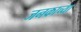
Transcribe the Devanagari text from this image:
जनकाच्या